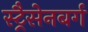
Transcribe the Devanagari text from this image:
स्ट्रैसेनबर्ग